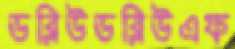
ডব্লিউডব্লিউএফ